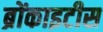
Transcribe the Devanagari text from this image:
ब्रोंकाइटीस